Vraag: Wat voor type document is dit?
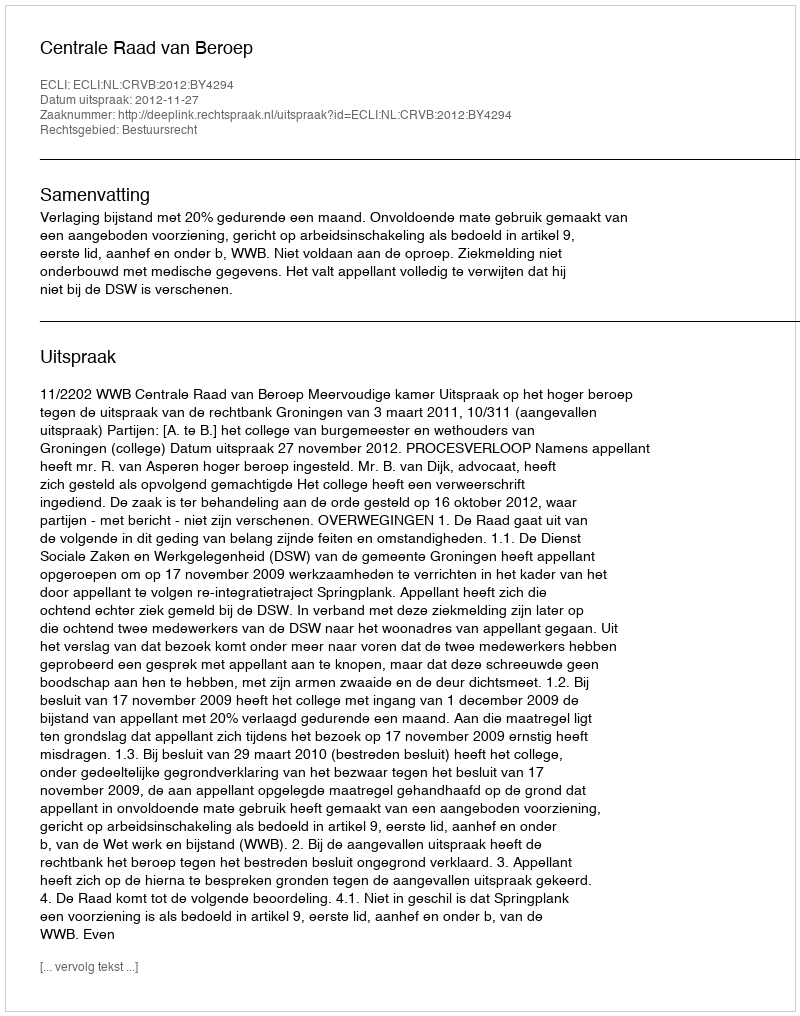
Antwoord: Uitspraak